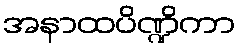
အနာထပိဏ္ဍိကာ